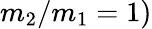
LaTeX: m_{2}/m_{1}=1)